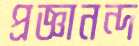
প্রজ্ঞানন্দ